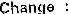
CHANGE :